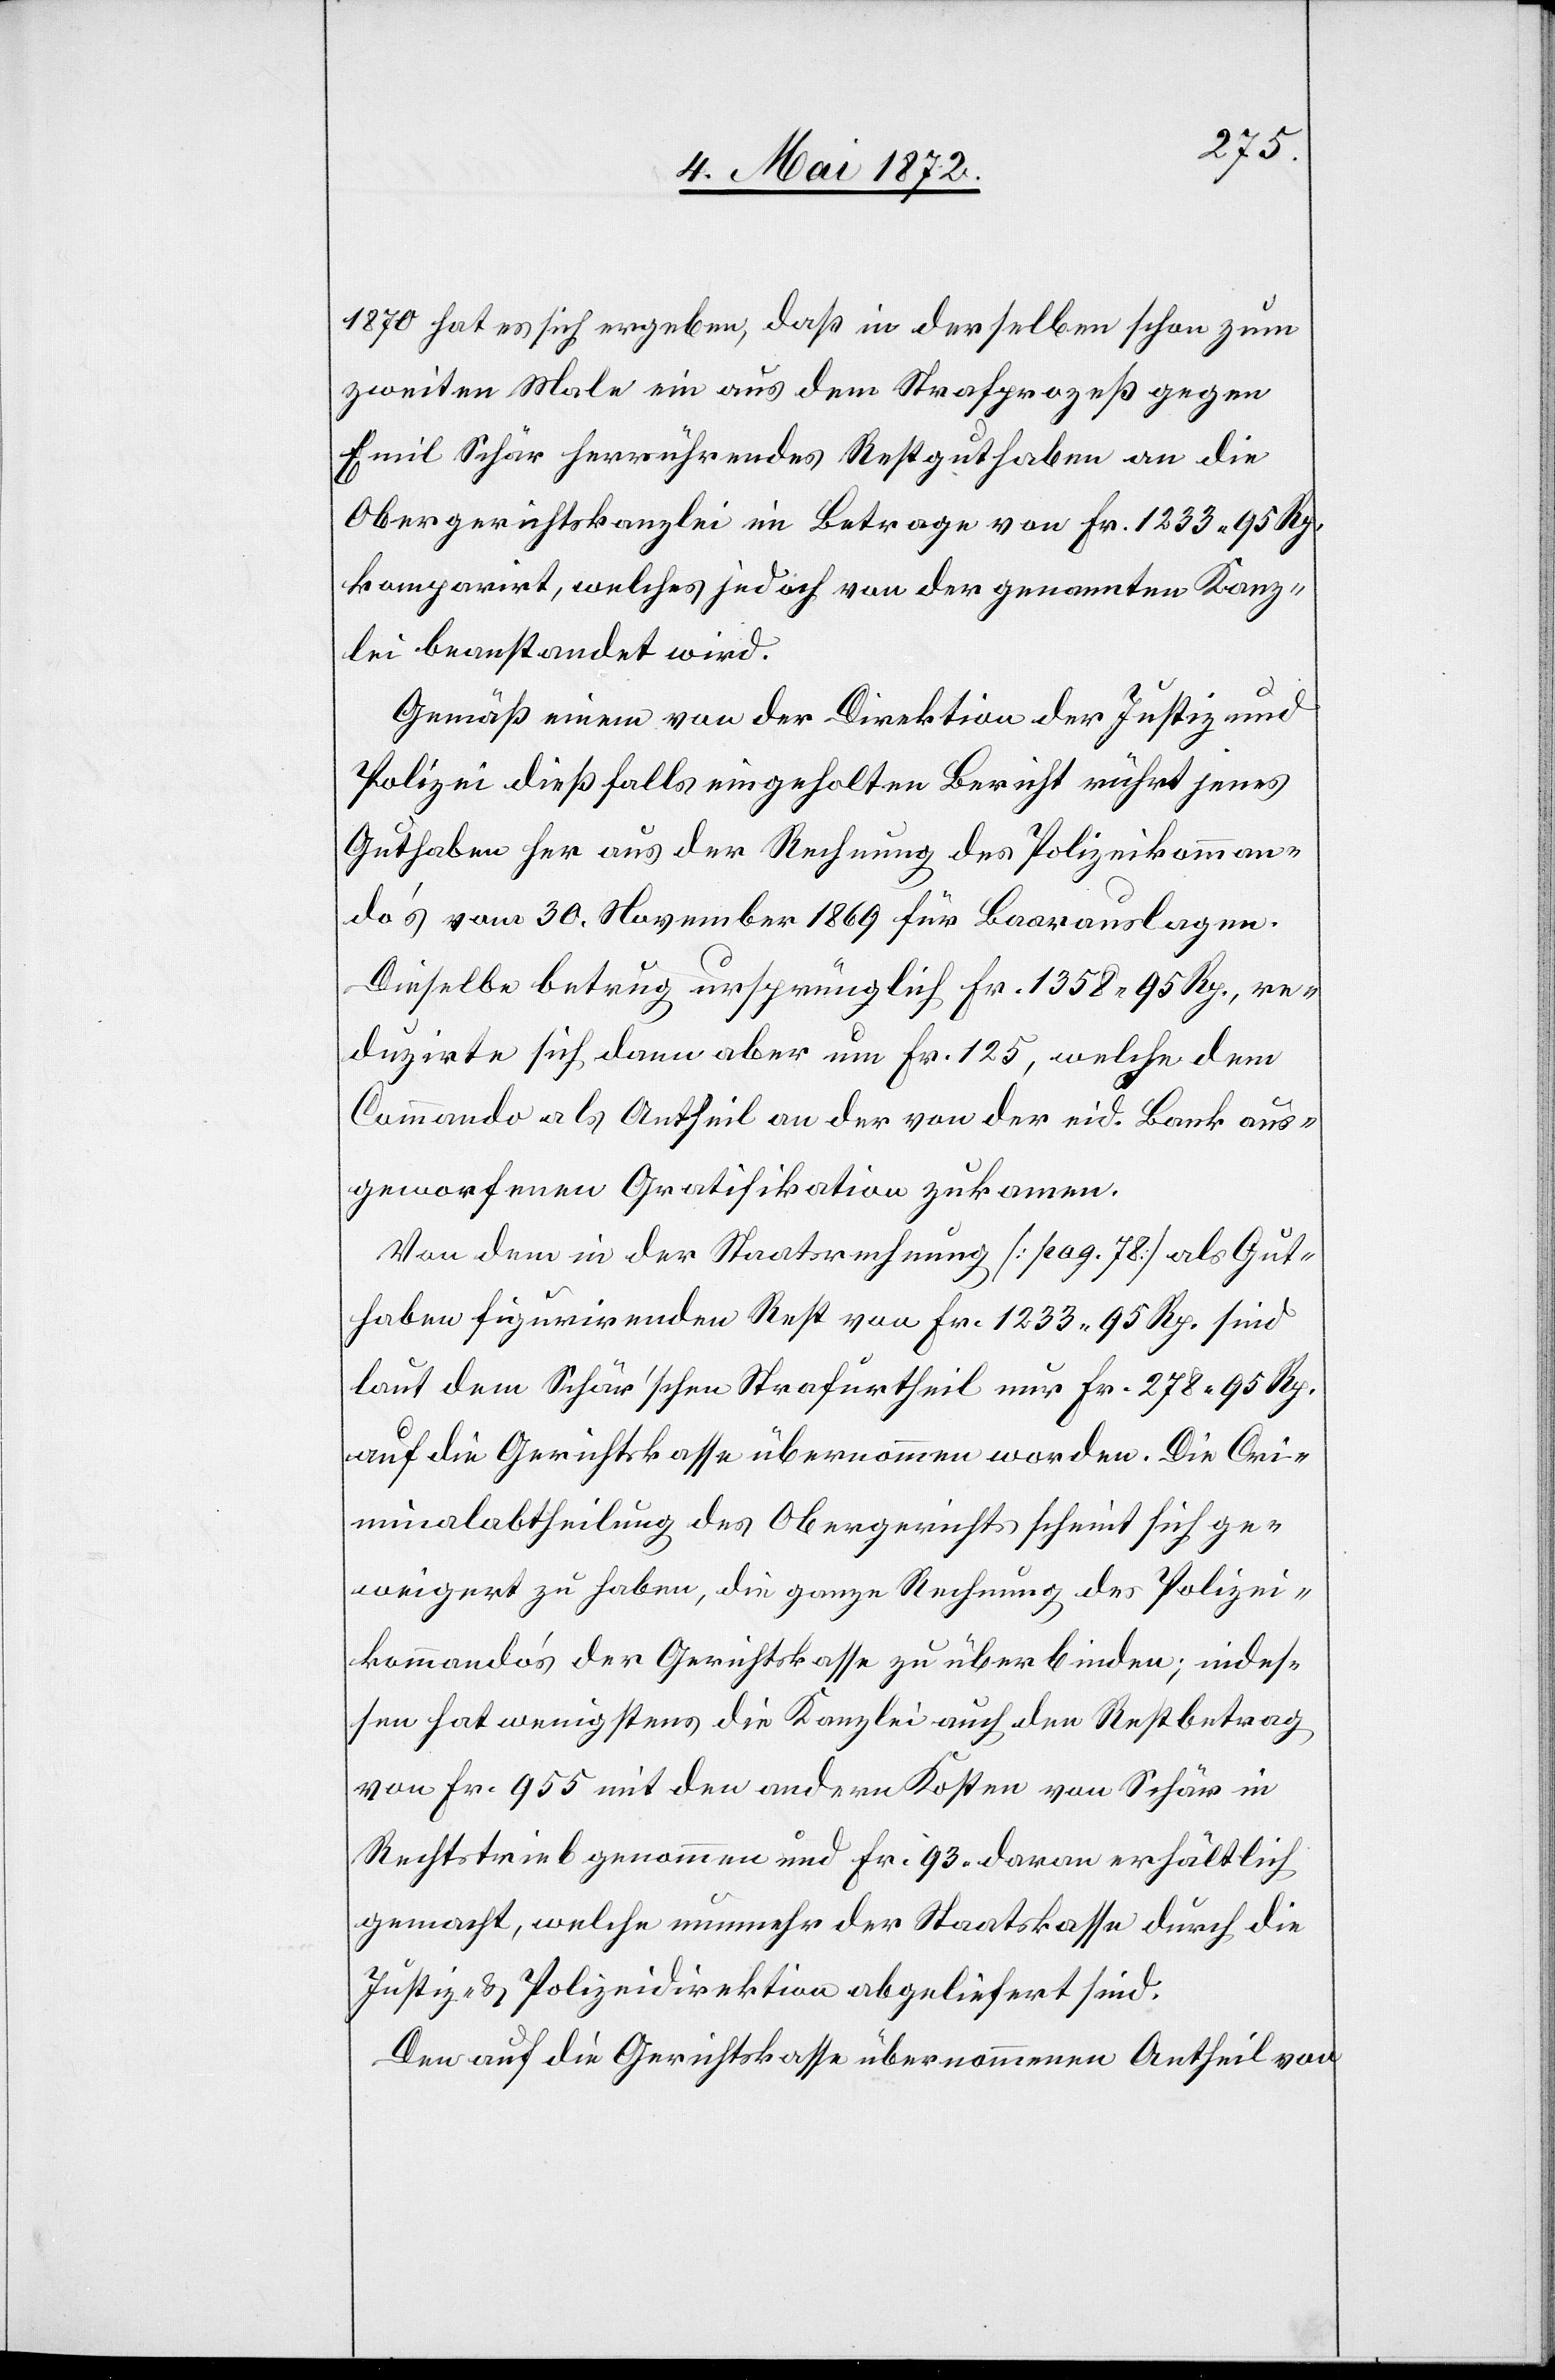
1870 hat es sich ergeben, daß in derselben schon zum
zweiten Male ein aus dem Strafprozeß gegen
Emil Schär herrührendes Restguthaben an die
Obergerichtskanzlei im Betrage von Fr. 1233 95 Rp.
komparirt, welches jedoch von der genannten Kanz¬
lei beanstandet wird.
Gemäß einem von der Direktion der Justiz und
Polizei dießfalls eingeholten Bericht rührt jenes
Guthaben her aus der Rechnung des Polizeikomman¬
do’s vom 30. November 1869 für Baarauslagen.
Dieselbe betrug ursprünglich Fr. 1358 95 Rp., re¬
duzirte sich dann aber um Fr. 125, welche dem
Commando als Antheil an der von der eid. Bank aus¬
geworfenen Gratifikation zukamen.
Von dem in der Staatsrechnung [pag. 78] als Gut¬
haben figurirenden Rest von Fr. 1233 95 Rp. sind
laut dem Schär’schen Strafurtheil nur Fr. 278 95 Rp.
auf die Gerichtskasse übernommen worden. Die Cri¬
minalabtheilung des Obergerichts scheint sich ge¬
weigert zu haben, die ganze Rechnung des Polizei¬
kommando’s der Gerichtskasse zu überbinden; indes¬
sen hat wenigstens die Kanzlei auch den Restbetrag
von Fr. 955 mit den andern Kosten von Schär in
Rechtstrieb genommen und Fr. 93. daran erhältlich
gemacht, welche nunmehr der Staatskasse durch die
Justiz- u. Polizeidirektion abgeliefert sind.
Den auf die Gerichtskasse übernommenen Antheil von